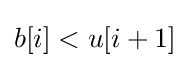
b[i]<u[i+1]